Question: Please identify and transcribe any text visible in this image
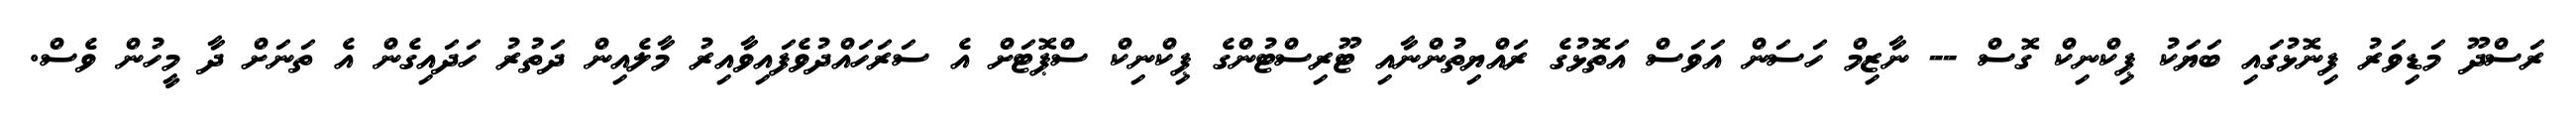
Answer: ރަސްދޫ މަޑިވަރު ފިނޮޅުގައި ބަޔަކު ޕިކްނިކް ގޮސް -- ނާޒިމް ހަސަން އަވަސް އަތޮޅުގެ ރައްޔިތުންނާއި ޓޫރިސްޓުންގެ ޕިކްނިކް ސްޕޮޓަށް އެ ސަރަހައްދުވެފައިވާއިރު މާލެއިން ދަތުރު ހަދައިގެން އެ ތަނަށް ދާ މީހުން ވެސް.